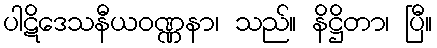
ပါဋိဒေသနီယဝဏ္ဏနာ၊ သည်။ နိဋ္ဌိတာ၊ ပြီ။